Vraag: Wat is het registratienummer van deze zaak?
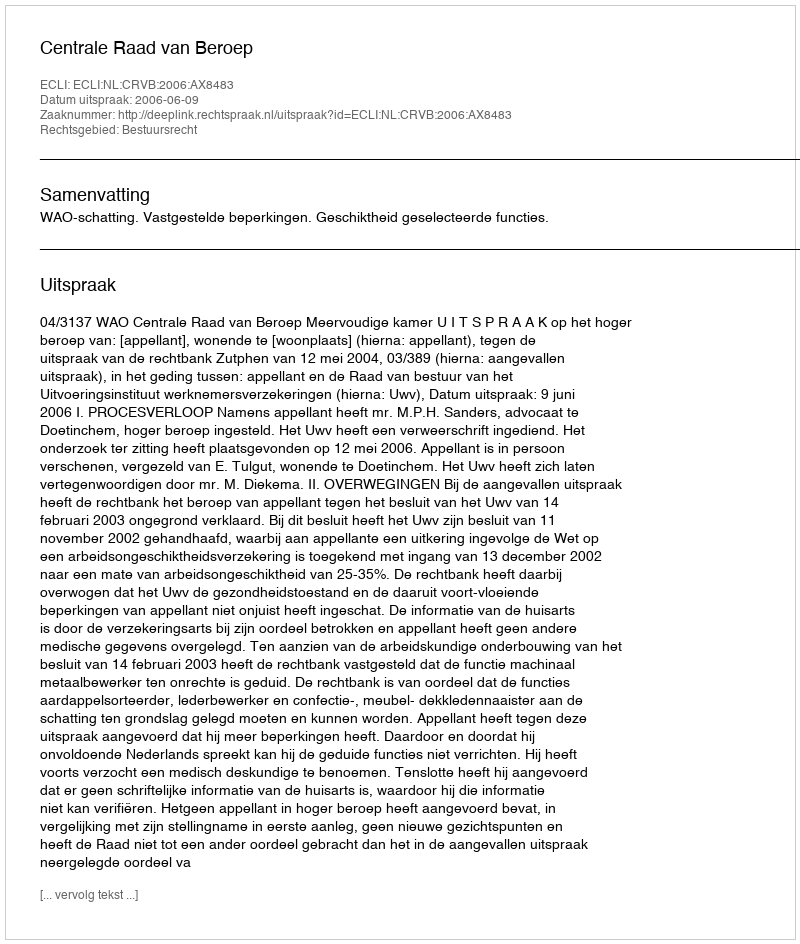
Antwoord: http://deeplink.rechtspraak.nl/uitspraak?id=ECLI:NL:CRVB:2006:AX8483